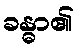
ခန္ဓာ၏